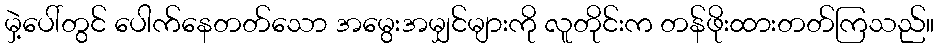
မှဲ့ပေါ်တွင် ပေါက်နေတတ်သော အမွေးအမျှင်များကို လူတိုင်းက တန်ဖိုးထားတတ်ကြသည်။